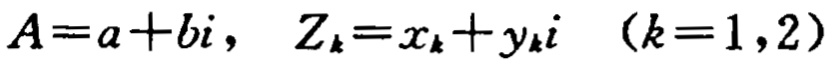
\(A = a + bi,\quad Z_{k}=x_{k}+y_{k}i\quad (k = 1,2)\)